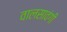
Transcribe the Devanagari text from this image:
वालसावंगी